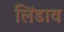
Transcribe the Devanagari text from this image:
लिंडाव